Laimjala_vallavalitsus, lk 17
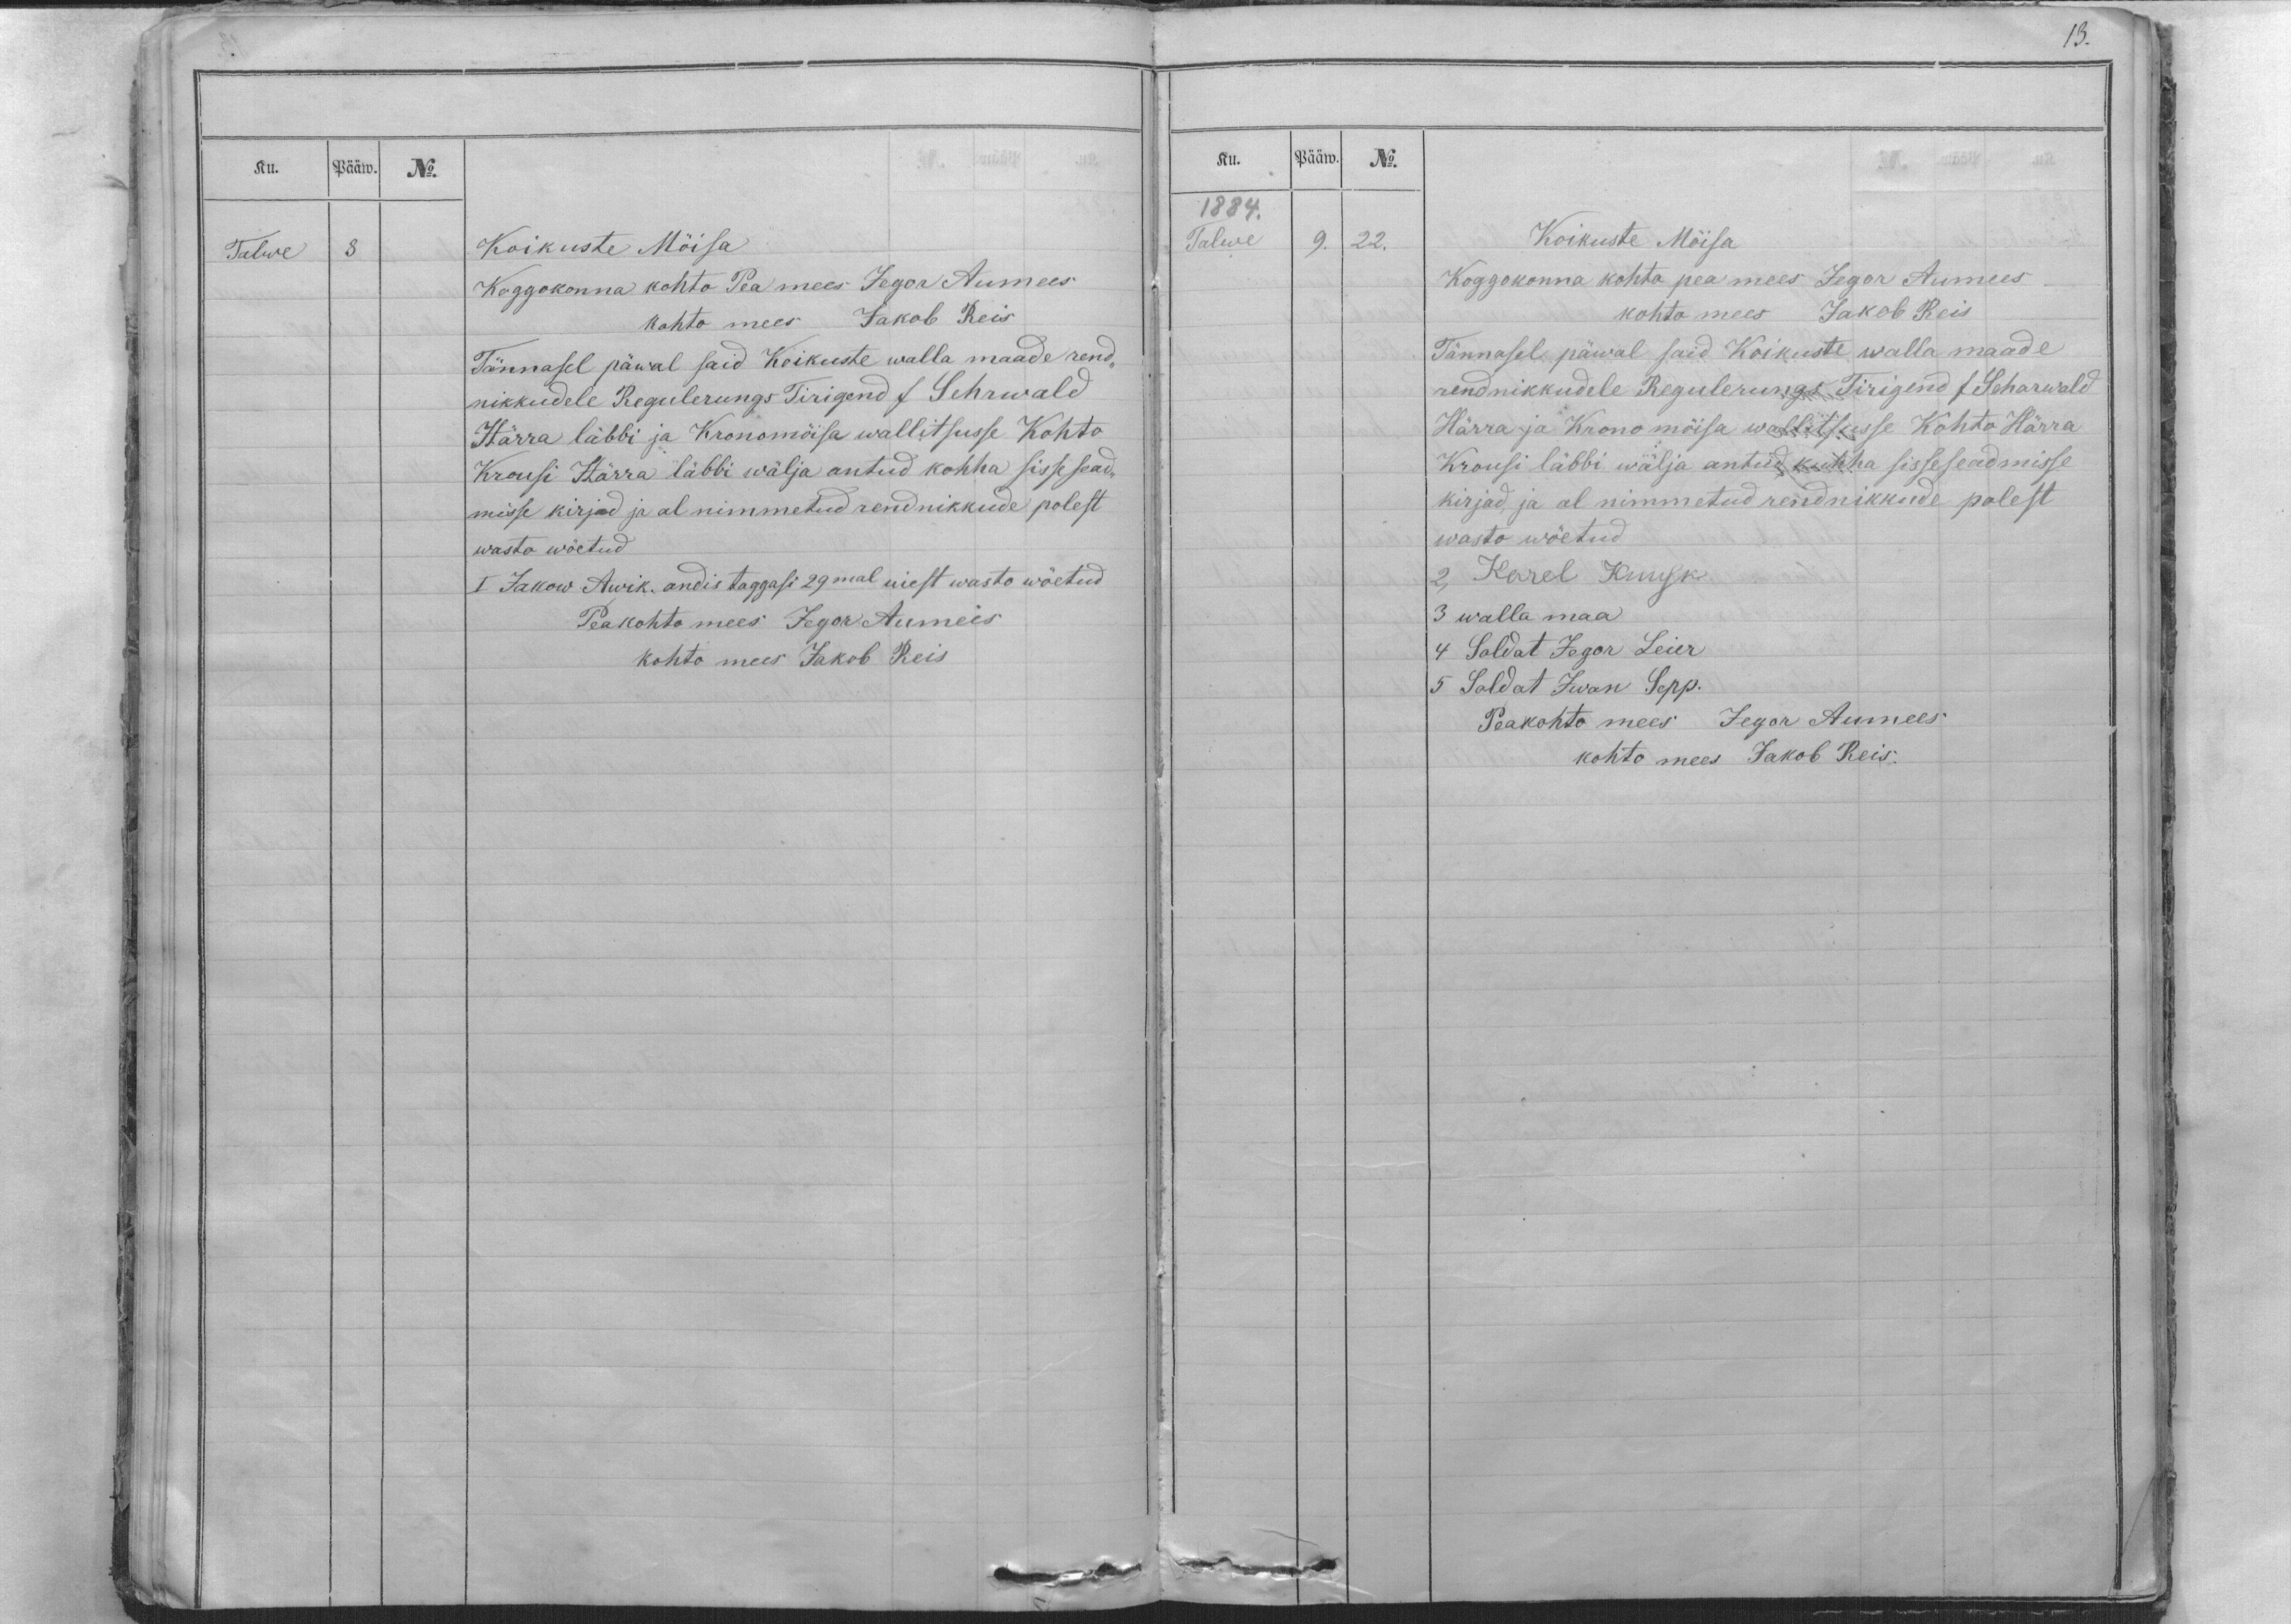
Ku.
Pääw.
No.
Talwe
8
Koikuste Möisa
Koggokonna kohto Pea mees Jegor Aumees
kohto mees Jakob Reis
Tännasel päwal said Koikuste walla maade rend-
nikkudele Regulerungs Tirigend s Sehrwald
Härra läbbi ja Kronomöisa wallitsusse Kohto
Krousi Härra läbbi wälja antud kohha sisse sead-
misse kirjad ja al nimmetud rendnikkude polest
wasto wõetud
I Jakow Awik. andis taggasi 29mal uiest wasto wöetud
Peakohto mees Jegor Aumees
kohto mees Jakob Reis

13.
Ku.
Pääw.
No.
1884.
Talwe
9.
22.
Koikuste Möisa
Koggokonna kohto pea mees Jegor Aumees
kohto mees Jakob Reis
Tännasel päwal said Koikuste walla maade
rendnikkudele Regulerungs Tirigend  s Seharwald
Härra ja Krono mõisa wallitsusse Kohto Härra
Krousi läbbi wälja antud, kuhha sisseseadmisse
kirjad, ja al nimmetud rendnikkude polest
wasto wöetud
2, Karel Kuusk
3 walla maa
4 Soldat Jegor Leier
5 Soldat Iwan Sepp.
Peakohto mees Jegor Aumees
kohto mees Jakob Reis.